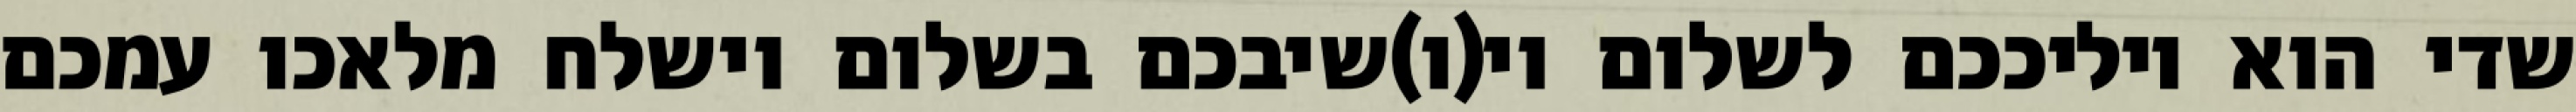
שדי הוא יוליככם לשלום וי(ו)שיבכם בשלום וישלח מלאכו עמכם